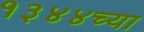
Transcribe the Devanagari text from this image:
१३४४च्या